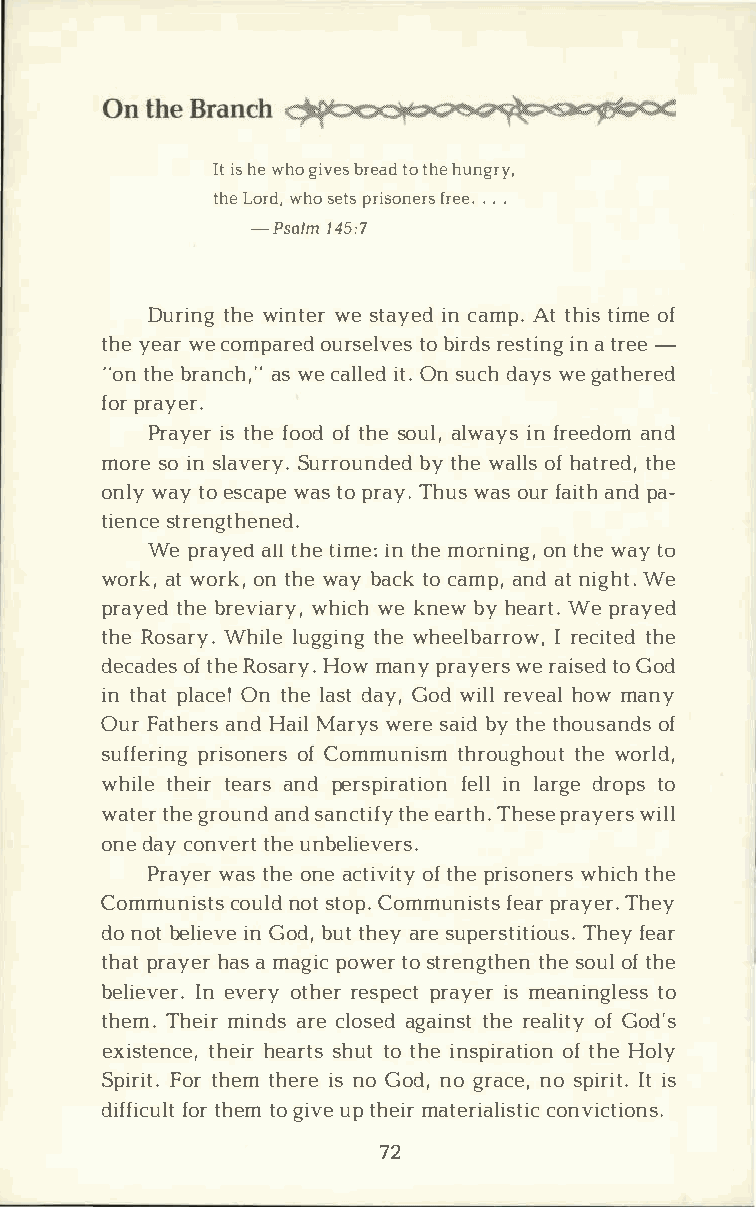
Iits h ew hog ivberse taodt hheu ngry,
 thLeo rwdh,o s etpsr isofnre.er.es. .
 -Psal1m4 5:7
 Duritnhwgei ntweesr t ayiencd a mApt.t htiism oef
 thyee arc owmep aoruerds etlobv ierrsde ss tiinatn rg-e e
 "otnh ber anacshw ,ec" a liltOe.nds ucdha ywseg athered
 foprr ayer.
 Prayiestr hf eo oodft hseo uall,w aiynfs r eeadnodm
 morseoi ns lavSeurryr.o ubnytd heweda lolfhs a trtehde,
 onlwya yto e scawpateso p raTyh.uw sa osu fra iatnphda ­
 tiesntcree ngthened.
 Wep rayaeltdlh t ei mient: h meo rnionntg h,we a yt o
 woraktw, o rokn,t hwea yb actkoc amapn,ad tn igWhet .
 praytehbder eviwahriywc,ehk nebwy h eaWret .p rayed
 thReo saWrhyi.ll ueg gtihnwegh eelbaIrr ercoiwtt,he ed
 decaodfte hsRe o saHroywm. a npyr ayweerr asi tsoGe odd
 int haptl aOcnet !h lea dsaty G,o dw irlelv heoawlm any
 OuFra thaenrHdsa iMla rywse rsea biydt hteh ousoafn ds
 suffeprriinsgoo nfCe ormsm untihsrmo ugthhwoeou rtl d,
 whitlhee tiera arnsdp erspifreailtnlli aorndg reo tpos
 wattehrge r ouanndsd a nctthieefa yr th. These prayers will
 ondea cyo nvtehruetn believers.
 Prayweatrs h oen aec tiovfti htpeyr isonertsh ew hich
 Communciosutnlsods t t oCpo.m munfiespatrrsa yTehre.y
 don obte lieGvoedb ,uit tnh eayrs eu perstTihtefiyeo aurs .
 thparta yheaarsm agpiocw teosr t rentghtseho eounflt he
 belieIvnee vre.or tyh reers ppercatyi esmr e anintgol ess
 theTmh.e miirn adrsce l osaegda itnhsrete aloifGt oyd 's
 existtehnechieer,a rsthustt ot hien spiorfat thHieoo lny
 SpiFroitrth .e tmh eirsne o G odn,og rancoes ,p iIritis t .
 difffiotcrhu eltmtog ivuept hemiart ericaolnivsitcitci ons.
 72